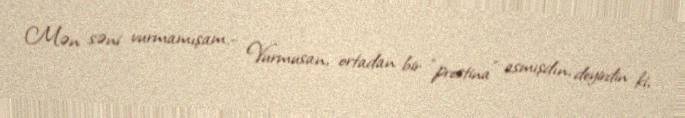
Mən səni vurmamışam.- Vurmusan, ortadan bir “prostina” asmışdın, deyirdin ki,